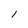
Character: 1